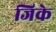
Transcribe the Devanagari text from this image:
जिके